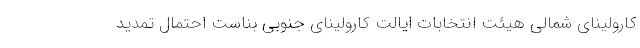
کارولینای شمالی هیئت انتخابات ایالت کارولینای جنوبی بناست احتمال تمدید